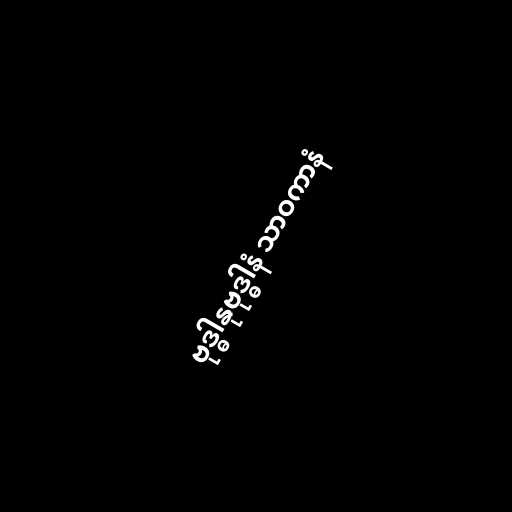
ဗုဒ္ဓါနုဗုဒ္ဓါနံ သာဝကာနံ